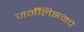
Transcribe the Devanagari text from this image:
जर्नॅलिझमचे